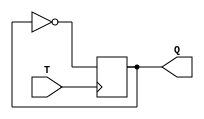
module TFF(input T, output reg Q);

always @(posedge T) begin
    Q <= ~Q;
end

endmodule